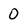
Character: 0